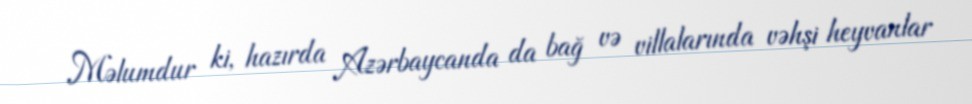
Məlumdur ki, hazırda Azərbaycanda da bağ və villalarında vəhşi heyvanlar